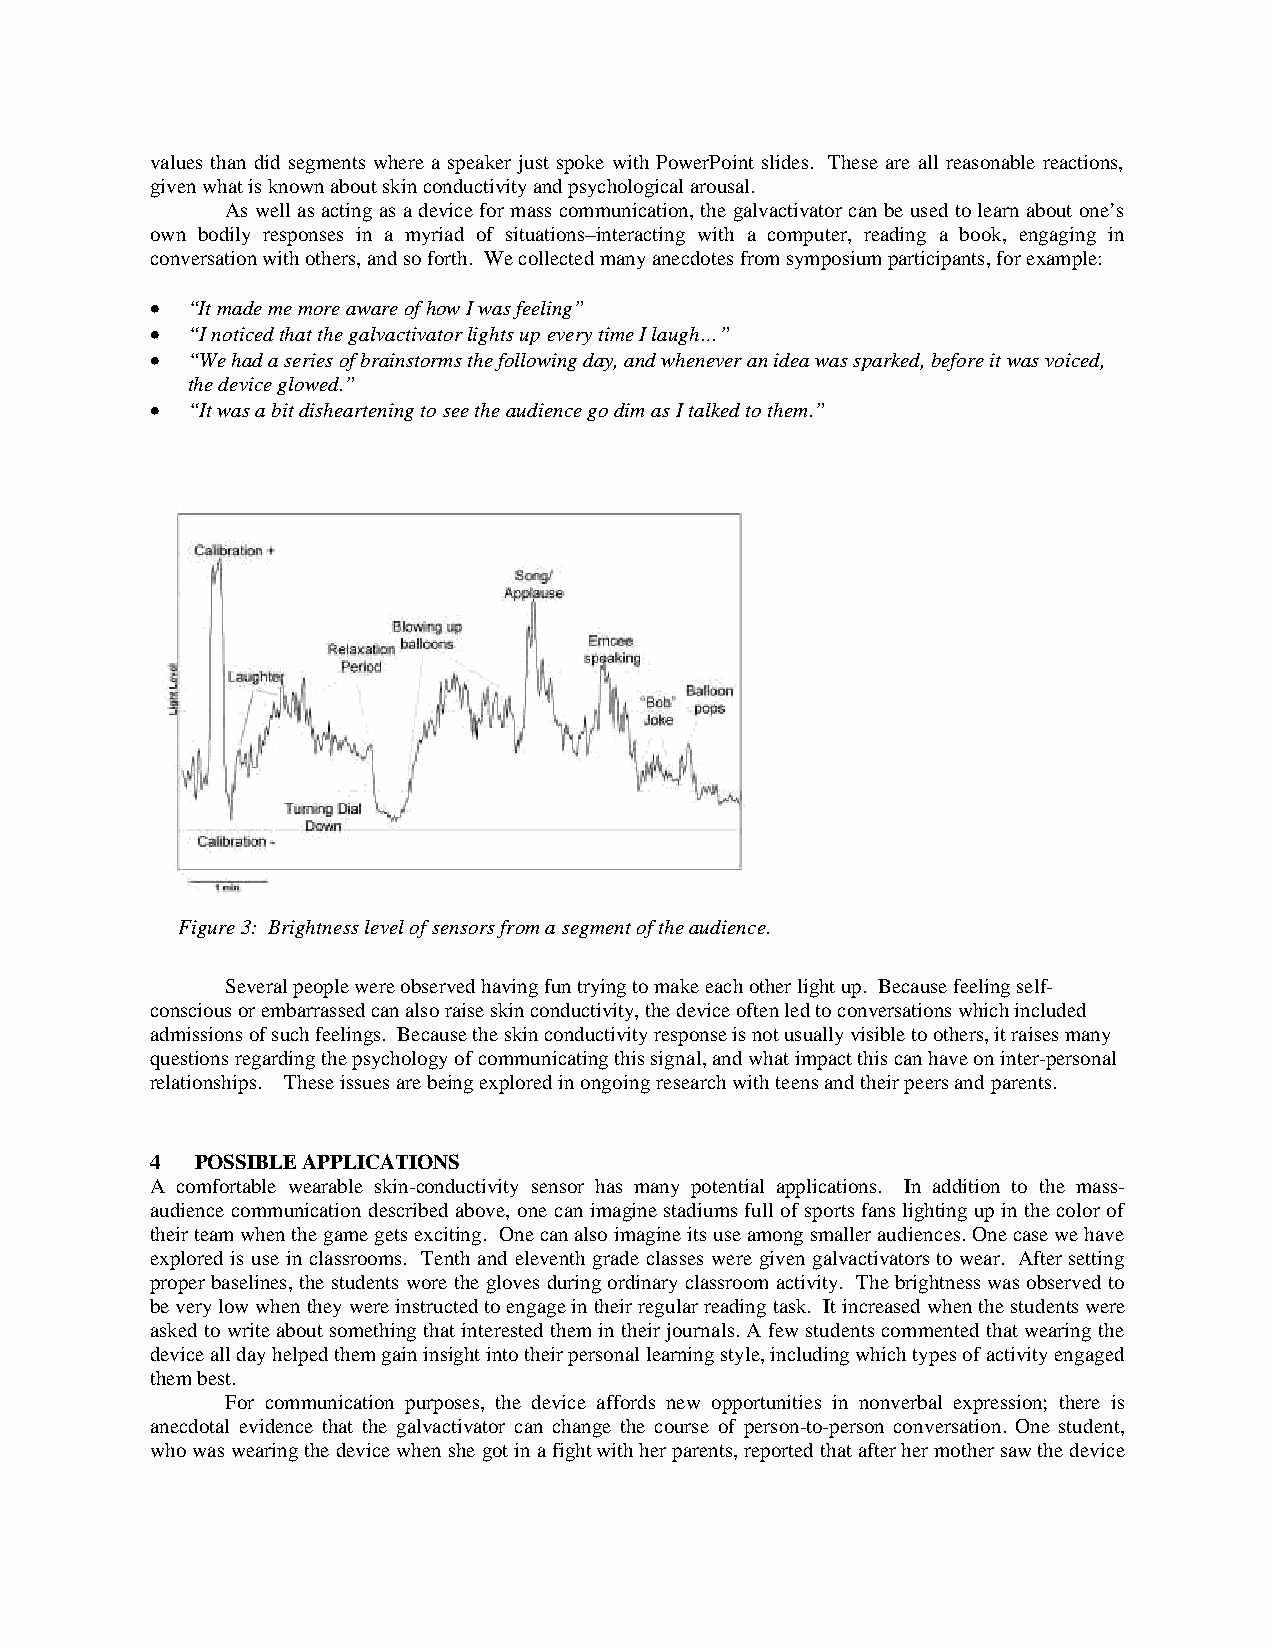
values than did segments where a speaker just spoke with PowerPoint slides. These are all reasonable reactions,
 given what is known about skin conductivity and psychological arousal.
 As well as acting as a device for mass communication, the galvactivator can be used to learn about one’s
 own bodily responses in a myriad of situations–interacting with a computer, reading a book, engaging in
 conversation with others, and so forth. We collected many anecdotes from symposium participants, for example:
 • “It made me more aware of how I was feeling”
 • “I noticed that the galvactivator lights up every time I laugh…”
 • “We had a series of brainstorms the following day, and whenever an idea was sparked, before it was voiced,
 the device glowed.”
 • “It was a bit disheartening to see the audience go dim as I talked to them.”
 Figure 3: Brightness level of sensors from a segment of the audience.
 Several people were observed having fun trying to make each other light up. Because feeling self-
 conscious or embarrassed can also raise skin conductivity, the device often led to conversations which included
 admissions of such feelings. Because the skin conductivity response is not usually visible to others, it raises many
 questions regarding the psychology of communicating this signal, and what impact this can have on inter-personal
 relationships. These issues are being explored in ongoing research with teens and their peers and parents.
 4  POSSIBLE APPLICATIONS
 A comfortable wearable skin-conductivity sensor has many potential applications. In addition to the mass-
 audience communication described above, one can imagine stadiums full of sports fans lighting up in the color of
 their team when the game gets exciting. One can also imagine its use among smaller audiences. One case we have
 explored is use in classrooms. Tenth and eleventh grade classes were given galvactivators to wear. After setting
 proper baselines, the students wore the gloves during ordinary classroom activity. The brightness was observed to
 be very low when they were instructed to engage in their regular reading task. It increased when the students were
 asked to write about something that interested them in their journals. A few students commented that wearing the
 device all day helped them gain insight into their personal learning style, including which types of activity engaged
 them best.
 For communication purposes, the device affords new opportunities in nonverbal expression; there is
 anecdotal evidence that the galvactivator can change the course of person-to-person conversation. One student,
 who was wearing the device when she got in a fight with her parents, reported that after her mother saw the device